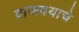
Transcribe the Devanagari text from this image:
वाजवयाचे